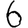
Digit: 6